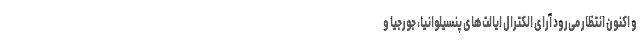
و اکنون انتظار می‌رود آرای الکترال ایالت‌های پنسیلوانیا، جورجیا و